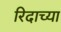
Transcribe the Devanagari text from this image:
रिदाच्या